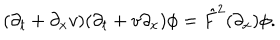
( \partial _ { t } + \partial _ { x } v ) ( \partial _ { t } + v \partial _ { x } ) \phi = \hat { F } ^ { 2 } ( \partial _ { x } ) \phi .